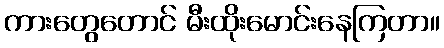
ကားတွေတောင် မီးထိုးမောင်းနေကြတာ။